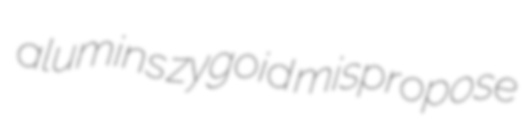
alumins zygoid mispropose